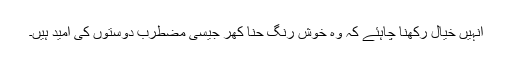
انہیں خیال رکھنا چاہئے کہ وہ خوش رنگ حنا کھر جیسی مضطرب دوستوں کی امید ہیں۔